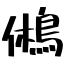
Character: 鵂